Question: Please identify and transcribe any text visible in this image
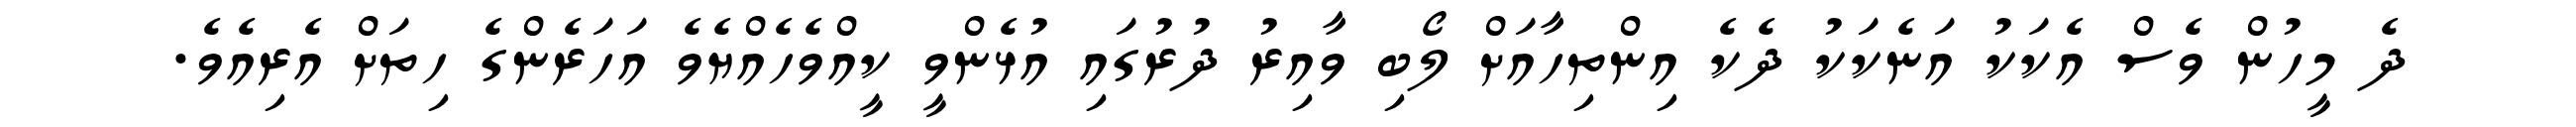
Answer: ދެ މީހުން ވެސް އެކަކު އަނެކަކު ދެކެ އިންތިހާއަށް ލޯބި ވާއިރު ދުރުގައި އުޅެންވީ ކީއްވެހެއްޔެވެ އަހަރެންގެ ހިތަށް އެރިއެވެ.